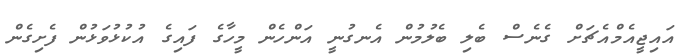
އައިޖީއެމްއެޗަށް ގެނެސް ބެލި ބެލުމުން އެނގުނީ އަންހެން މީހާގެ ފައިގެ އުކުޅުވަޅުން ފެށިގެން